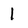
Character: l